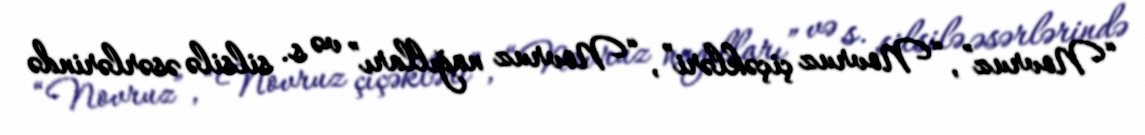
“Novruz”, “Novruz çiçəkləri”, “Novruz nağılları” və s. silsilə əsərlərində